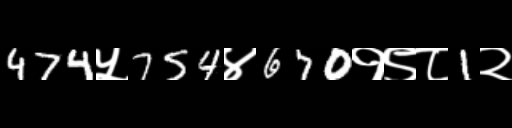
Text: 474५754४670१९८1२